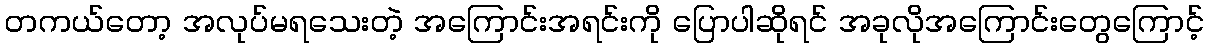
တကယ်တော့ အလုပ်မရသေးတဲ့ အကြောင်းအရင်းကို ပြောပါဆိုရင် အခုလိုအကြောင်းတွေကြောင့်